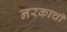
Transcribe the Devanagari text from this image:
नरकाची